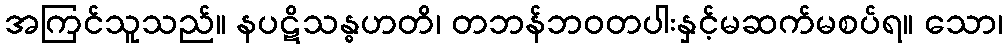
အကြင်သူသည်။ နပဋိသန္ဓဟတိ၊ တဘန်ဘဝတပါးနှင့်မဆက်မစပ်ရ။ သော၊